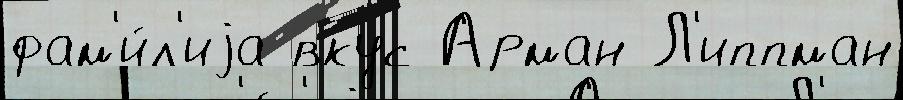
фам'и́л'иjа вкус Арман Л'иппман